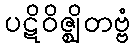
ပဋိဝိဇ္ဈိတဗ္ဗံ